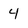
Character: 4